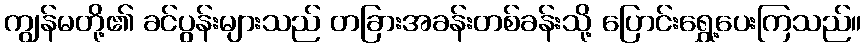
ကျွန်မတို့၏ ခင်ပွန်းများသည် တခြားအခန်းတစ်ခန်းသို့ ပြောင်းရွှေ့ပေးကြသည်။